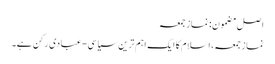
اصل مضمون: نماز جمعہ
نماز جمعہ، اسلام کا ایک اہم ترین سیاسی-عبادی رکن ہے۔